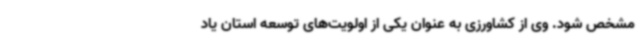
مشخص شود. وی از کشاورزی به عنوان یکی از اولویت‌های توسعه استان یاد